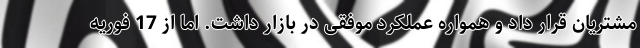
مشتریان قرار داد و همواره عملکرد موفقی در بازار داشت. اما از 17 فوریه